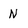
Character: N